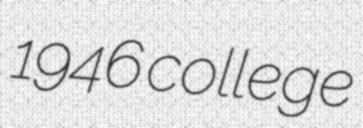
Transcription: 1946 college